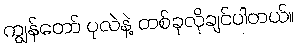
ကျွန်တော် ပုလဲနဲ့ တစ်ခုလိုချင်ပါတယ်။